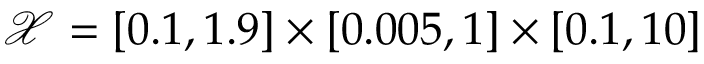
\mathcal { X } = [ 0 . 1 , 1 . 9 ] \times [ 0 . 0 0 5 , 1 ] \times [ 0 . 1 , 1 0 ]